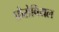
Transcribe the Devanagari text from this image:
फ़ेरोवियल